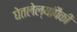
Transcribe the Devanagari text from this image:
घेतलेल्यांपैकी